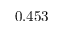
0 . 4 5 3